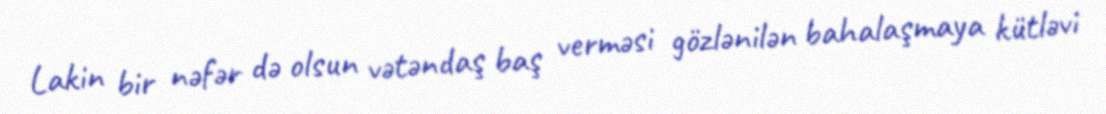
Lakin bir nəfər də olsun vətəndaş baş verməsi gözlənilən bahalaşmaya kütləvi